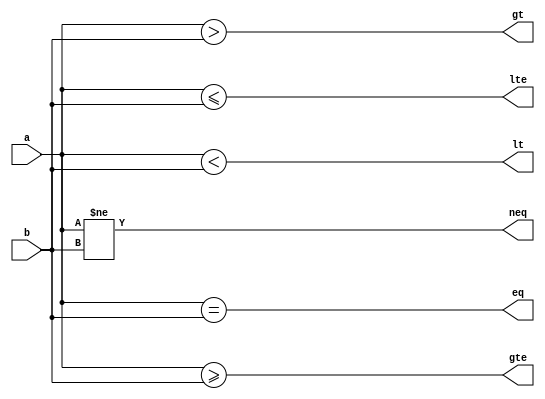
module comparator#(parameter N = 8)(input[N-1:0] a,b,output eq,neq,lt,lte,gt,gte);
	assign eq = (a == b);
	assign neq = (a != b);
	assign lt = (a<b);
	assign lte = (a<=b);
	assign gt = (a > b);
	assign gte = ( a >= b);
endmodule


module comparator_tb;
	parameter N = 32;
	reg[N-1:0] a,b;
	wire eq,neq,lt,lte,gt,gte;
	
	comparator #(N)DUT(.a(a),.b(b),.eq(eq),.neq(neq),.lt(lt),.lte(lte),.gt(gt),.gte(gte));
	
	initial
	begin
		a = 1;b=1;#10;
		a = 2;b=1;#10;
		a = 1;b=3;#10;
	end
	
endmodule